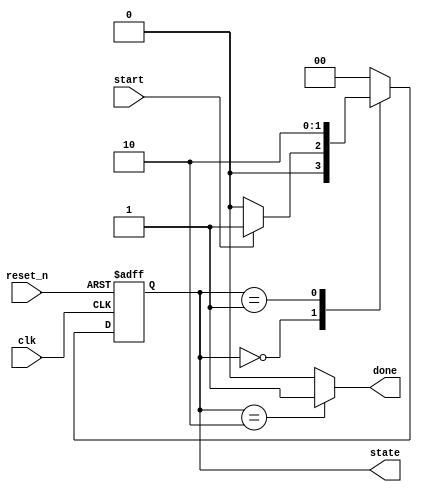
module state_machine (
    input wire clk,              // Clock signal
    input wire reset_n,          // Active low reset signal
    input wire start,            // Input to initiate the process
    output reg [1:0] state,      // Current state
    output reg done              // Indication of process completion
);

    // State definitions
    localparam IDLE    = 2'b00;  // Idle state
    localparam PROCESS = 2'b01;   // Processing state
    localparam DONE    = 2'b10;   // Done state

    // State variable
    reg [1:0] next_state;         // Next state variable

    // Output logic based on current state
    always @(*) begin
        done = 1'b0; // Default done output
        case (state)
            IDLE: begin
                if (start) 
                    next_state = PROCESS; // Move to PROCESS on start
                else 
                    next_state = IDLE; // Remain in IDLE
            end
            PROCESS: begin
                // Example condition for transitioning to DONE
                next_state = DONE; // Automatically transition to DONE
            end
            DONE: begin
                done = 1'b1;        // Set done when in DONE state
                next_state = IDLE;  // Go back to IDLE after process completion
            end
            default: next_state = IDLE; // Fallback to IDLE on unexpected state
        endcase
    end

    // State transition logic
    always @(posedge clk or negedge reset_n) begin
        if (!reset_n) begin
            state <= IDLE;      // Reset to IDLE
        end else begin
            state <= next_state; // Transition to the next state
        end
    end

endmodule